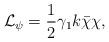
LaTeX: \begin{align*}{\cal L}_{\psi}=\frac{1}{2}\gamma_{1}k\bar{\chi}\chi,\end{align*}